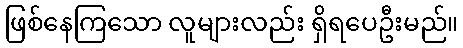
ဖြစ်နေကြသော လူများလည်း ရှိရပေဦးမည်။